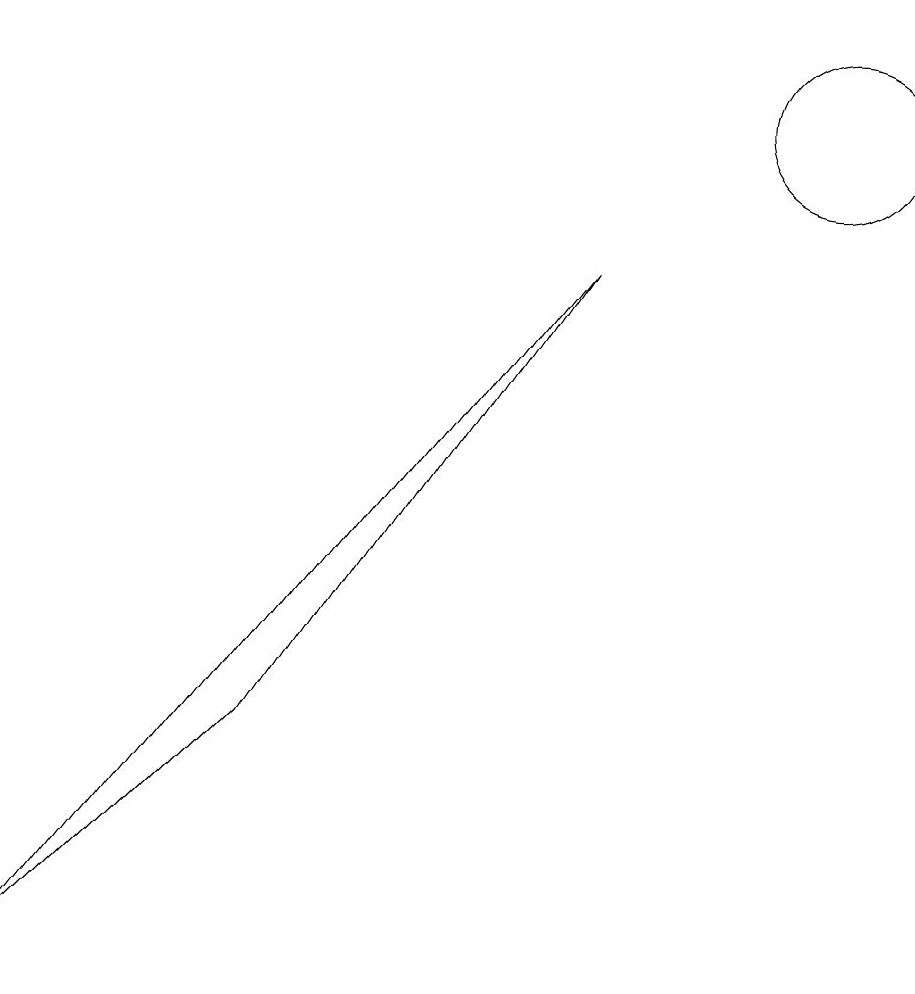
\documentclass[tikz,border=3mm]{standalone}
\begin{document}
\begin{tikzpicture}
\draw (0,0) -- (7,9) -- (3,3) -- cycle;
\draw (10,11) circle (1);
\draw (10,10) circle (0);
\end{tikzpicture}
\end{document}